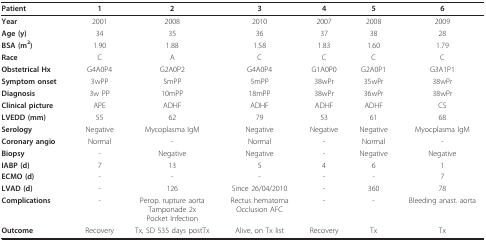
<table><thead><tr><td><b>Patient</b></td><td><b>1</b></td><td><b>2</b></td><td><b>3</b></td><td><b>4</b></td><td><b>5</b></td><td><b>6</b></td></tr></thead><tbody><tr><td><b>Year</b></td><td>2001</td><td>2008</td><td>2010</td><td>2007</td><td>2008</td><td>2009</td></tr><tr><td><b>Age (y)</b></td><td>34</td><td>35</td><td>36</td><td>37</td><td>38</td><td>28</td></tr><tr><td><b>BSA (m<sup>2</sup>)</b></td><td>1.90</td><td>1.88</td><td>1.58</td><td>1.83</td><td>1.60</td><td>1.79</td></tr><tr><td><b>Race</b></td><td>C</td><td>A</td><td>C</td><td>C</td><td>C</td><td>C</td></tr><tr><td><b>Obstetrical Hx</b></td><td>G4A0P4</td><td>G2A0P2</td><td>G4A0P4</td><td>G1A0P0</td><td>G2A0P1</td><td>G3A1P1</td></tr><tr><td><b>Symptom onset</b></td><td>3wPP</td><td>5mPP</td><td>5mPP</td><td>38wPr</td><td>35wPr</td><td>38wPr</td></tr><tr><td><b>Diagnosis</b></td><td>3w PP</td><td>10mPP</td><td>18mPP</td><td>38wPr</td><td>36wPr</td><td>38wPr</td></tr><tr><td><b>Clinical picture</b></td><td>APE</td><td>ADHF</td><td>ADHF</td><td>ADHF</td><td>ADHF</td><td>CS</td></tr><tr><td><b>LVEDD (mm)</b></td><td>55</td><td>62</td><td>79</td><td>53</td><td>61</td><td>68</td></tr><tr><td><b>Serology</b></td><td>Negative</td><td>Mycoplasma IgM</td><td>Negative</td><td>Negative</td><td>Negative</td><td>Myocplasma IgM</td></tr><tr><td><b>Coronary angio</b></td><td>Normal</td><td>-</td><td>Normal</td><td>-</td><td>Normal</td><td>-</td></tr><tr><td><b>Biopsy</b></td><td>-</td><td>Negative</td><td>Negative</td><td>-</td><td>Negative</td><td>Negative</td></tr><tr><td><b>IABP (d)</b></td><td>7</td><td>13</td><td>5</td><td>4</td><td>6</td><td>1</td></tr><tr><td><b>ECMO (d)</b></td><td>-</td><td>-</td><td>-</td><td>-</td><td>-</td><td>7</td></tr><tr><td><b>LVAD (d)</b></td><td>-</td><td>126</td><td>Since 26/04/2010</td><td>-</td><td>360</td><td>78</td></tr><tr><td><b>Complications</b></td><td>-</td><td>Perop. rupture aortaTamponade 2xPocket Infection</td><td>Rectus hematomaOcclusion AFC</td><td>-</td><td>-</td><td>Bleeding anast. aorta</td></tr><tr><td><b>Outcome</b></td><td>Recovery</td><td>Tx, SD 535 days postTx</td><td>Alive, on Tx list</td><td>Recovery</td><td>Tx</td><td>Tx</td></tr></tbody></table>